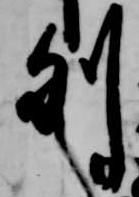
列